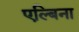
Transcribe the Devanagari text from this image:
एल्बिना